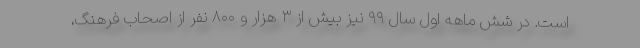
است. در شش ماهه اول سال ۹۹ نیز بیش از ۳ هزار و ۸۰۰ نفر از اصحاب فرهنگ،